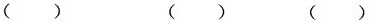
（ ） （ ） （ ）